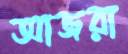
আজরা